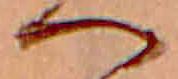
へ